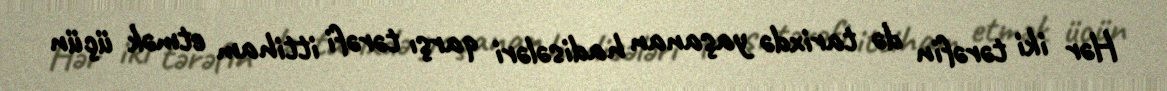
Hər iki tərəfin də tarixdə yaşanan hadisələri qarşı tərəfi ittiham etmək üçün